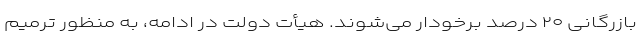
بازرگانی ۲۰ درصد برخودار می‌شوند. هیأت دولت در ادامه، به منظور ترمیم